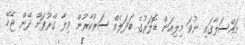
މައްސަލާގައި ނުވަ މިލިއަން ޑޮލަރުގެ ބަދަލެއް ސަރުކާރުން ވިލާ ގްރޫޕަށް ދޭން ޖެހޭ